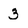
Character: 3